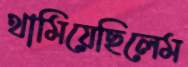
থামিয়েছিলেম